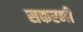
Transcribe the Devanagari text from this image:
सकरनी